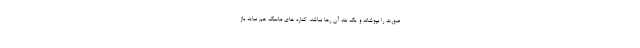
صورت را بپوشاند و یک بند آن رها نباشد. کناره های ماسک هم نباید باز